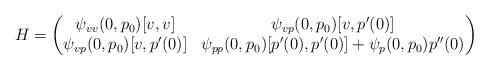
LaTeX: \begin{align*} H = \begin{pmatrix}\psi_{vv}(0, p_0)[v,v] & \psi_{vp}(0,p_0)[v, p'(0)]\\\psi_{vp}(0,p_0)[v, p'(0)] & \psi_{pp}(0,p_0)[p'(0), p'(0)] + \psi_p(0,p_0)p''(0)\end{pmatrix}\end{align*}